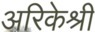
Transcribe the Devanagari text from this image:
अरिकेश्री